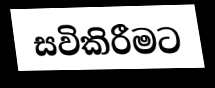
සවිකිරීමට